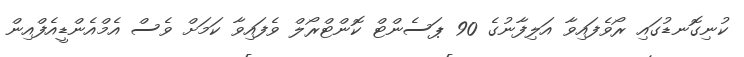
ކުނިގޮނޑުގައި ރޯވެފައިވާ އަލިފާނުގެ 90 ޕަސެންޓް ކޮންޓްރޯލް ވެފައިވާ ކަމަށް ވެސް އެމްއެންޑީއެފްއިން